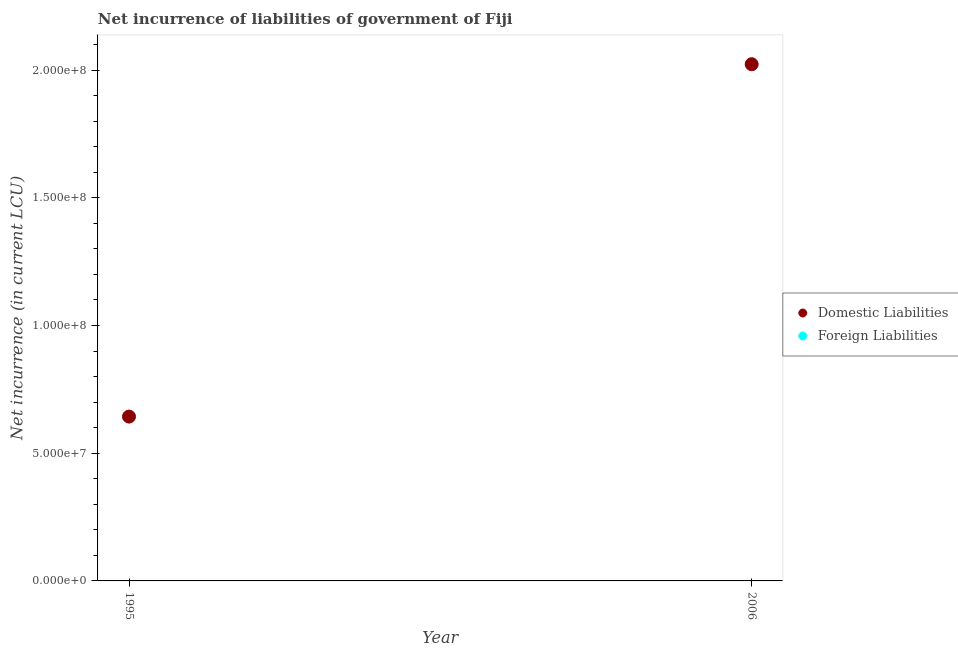
| Year | Domestic Liabilities | Foreign Liabilities |
 | --- | --- | --- |
 | 1995 | 6.43e+07 | -2.75e+07 |
 | 2006 | 2.02e+08 | -2.27e+07 |